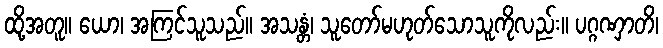
ထို့အတူ။ ယော၊ အကြင်သူသည်။ အသန္တံ၊ သူတော်မဟုတ်သောသူကိုလည်း။ ပဂ္ဂဏှာတိ၊